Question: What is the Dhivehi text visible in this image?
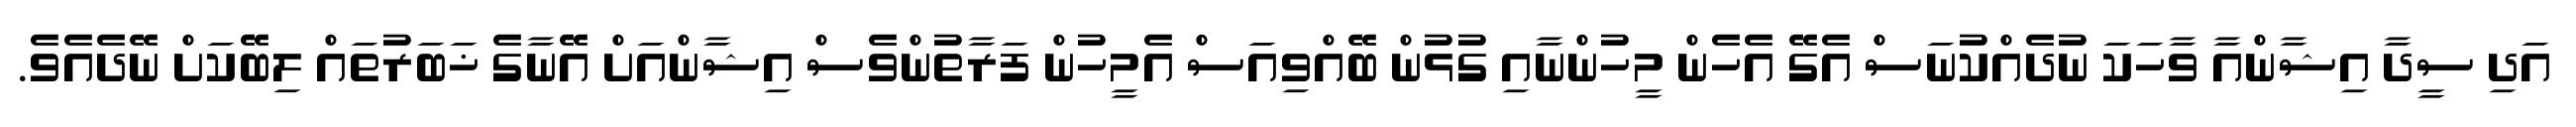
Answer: އަދި ސީދާ އިޝާންއާ ވާހަކަ ނުދެއްކުނަސް އެގޭ އެހެން މީހުންނާއި ގުޅުން ބޭއްވިއަސް އެމީހުން ފަރާތުންވެސް އިޝާންއަށް އޭނާގެ ޚަބަރުތައް ލިބޭކަށް ނޭދެއެވެ.